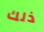
ذلك